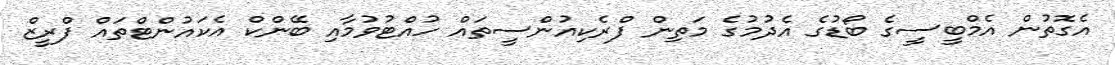
އެގޮތުން އެމްބީސީގެ ބޯޑުގެ އެދުމުގެ މަތިން ފްރެކިއުންސީތައް ހުއްޓުވުމާއި ބޭންކް އެކައުންޓްތައް ފްރީޒް